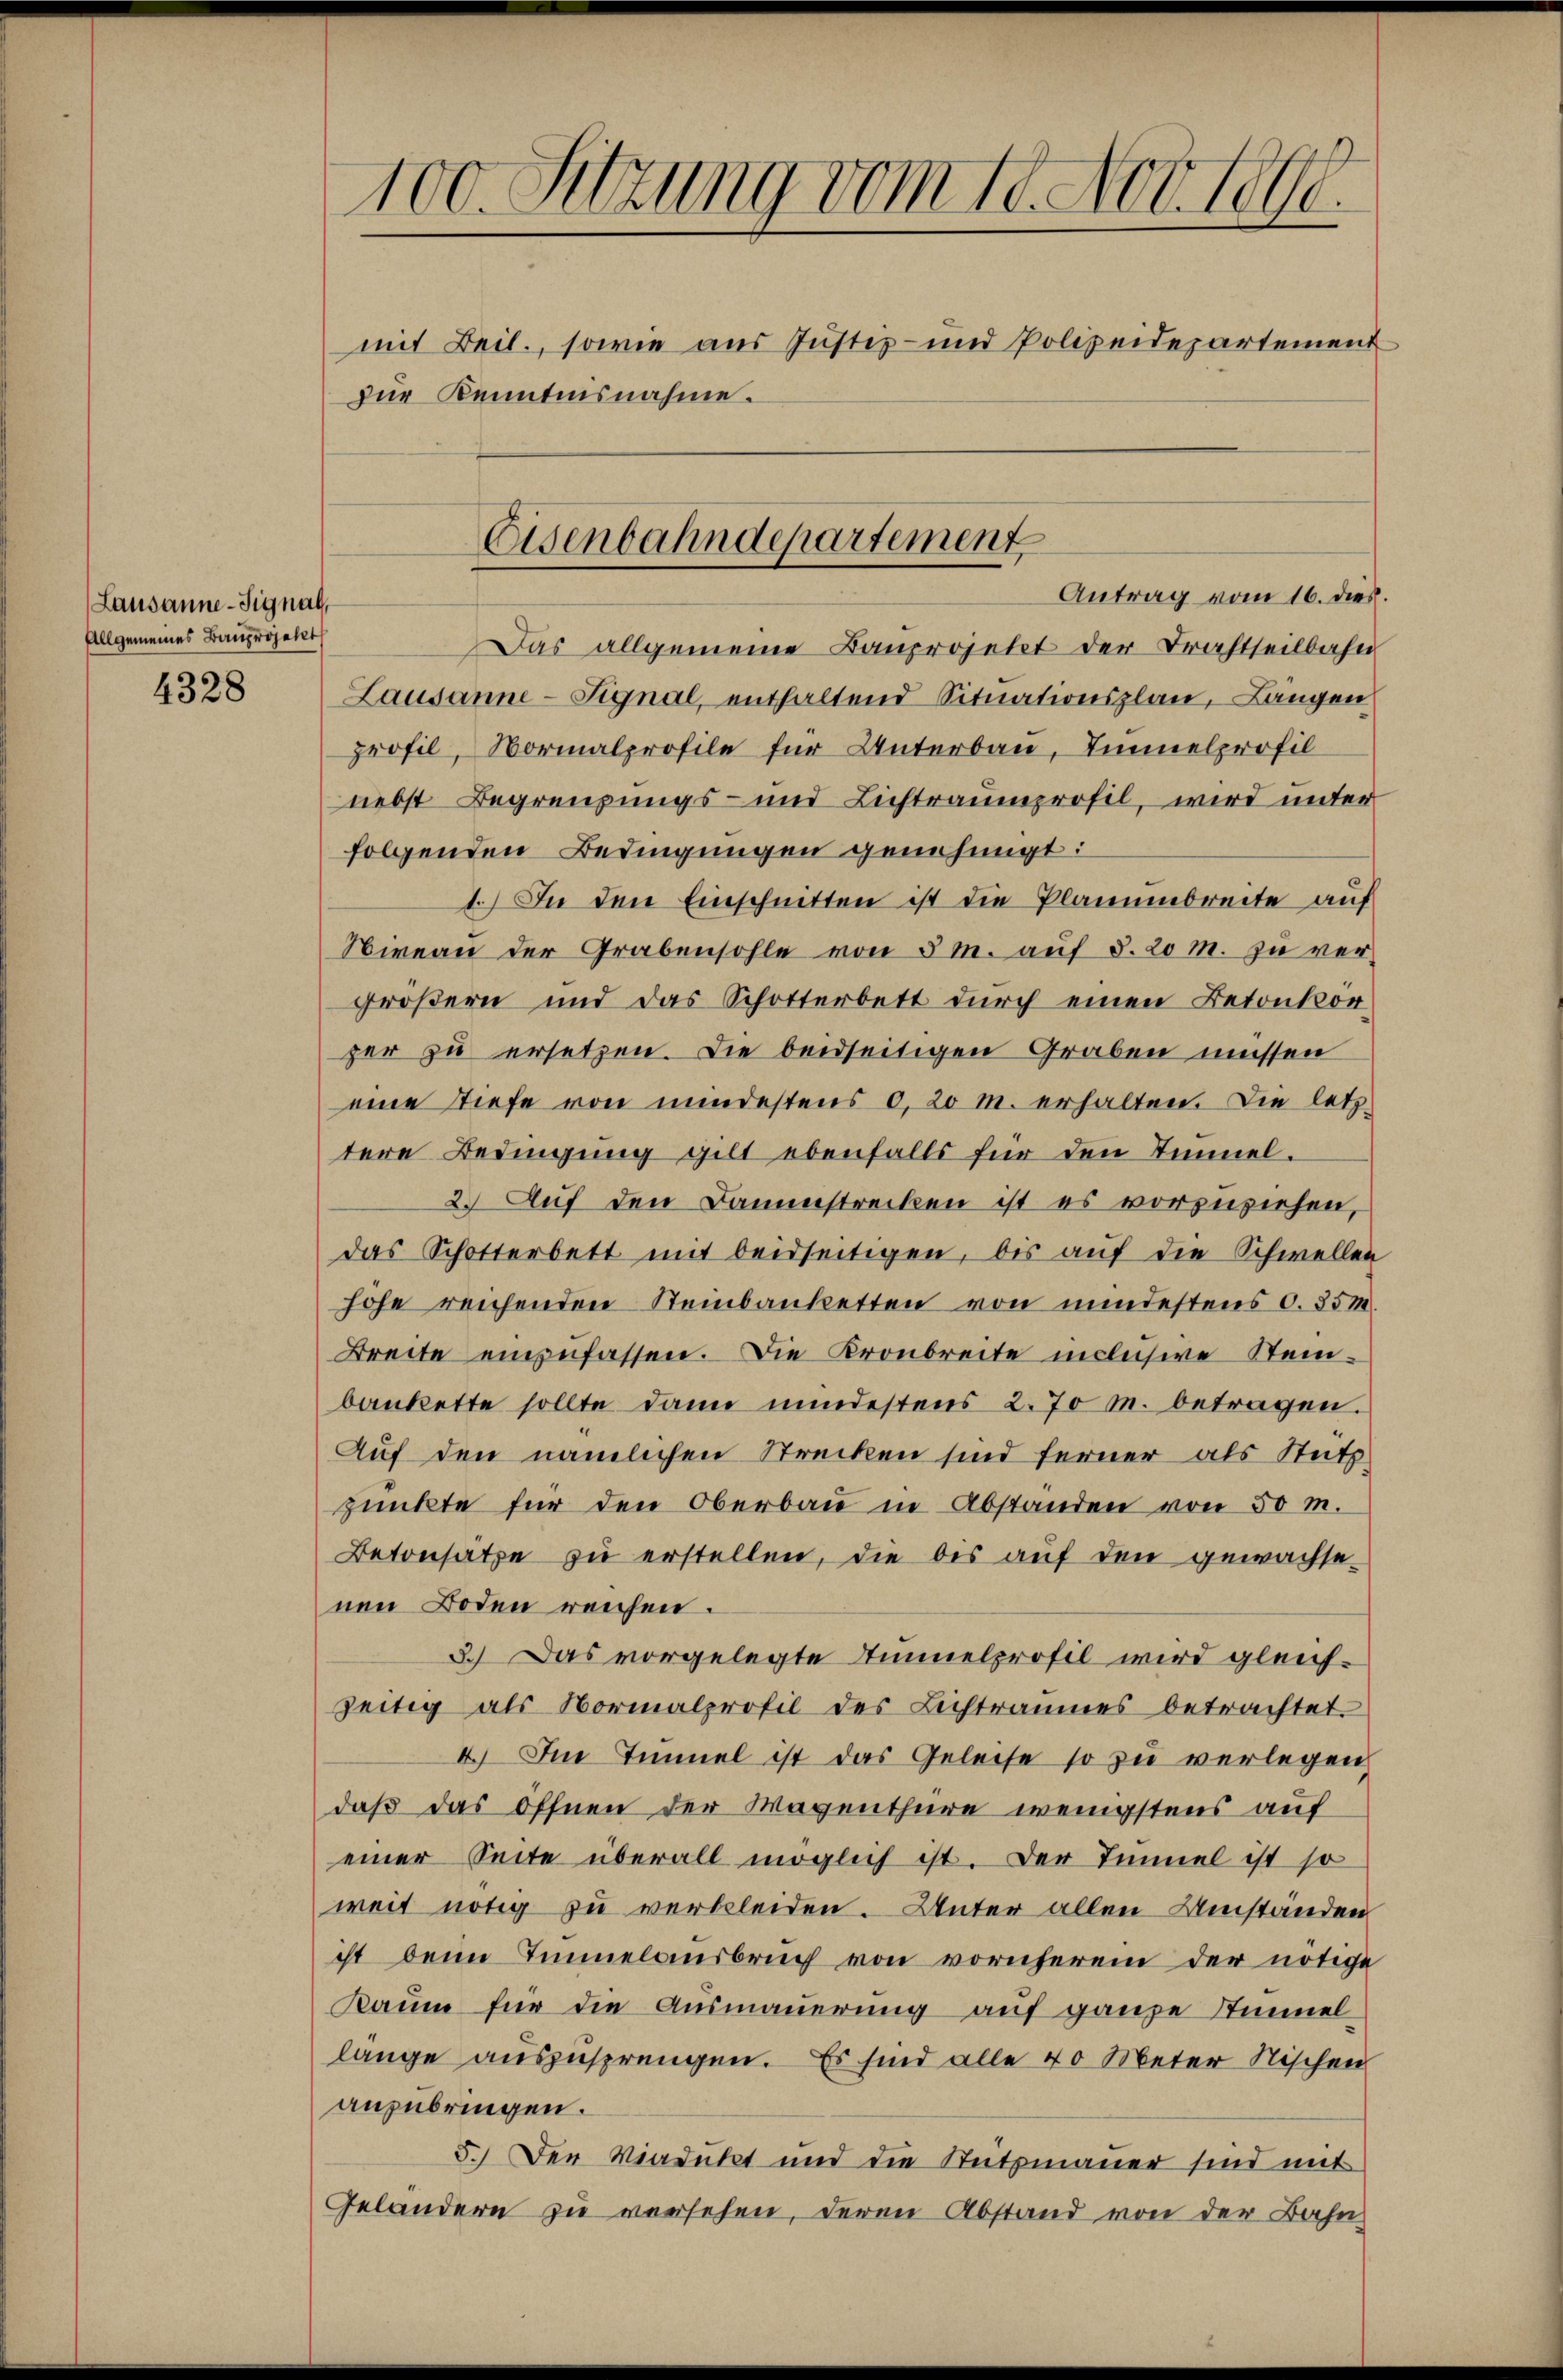
Lausanne-Signal,
Allgemeines Bauprojekt

4328

100. Sitzung vom 18. Nov. 1890.
mit Beil., sowie aus Justiz- und Polizeidepartement
zur Kenntnisnahme.

Eisenbahndepartement

Antrag vom 16. dies
Das allgemeine Bauprojekt der Drahtteilbahn
Lausanne-Signal, enthaltend Situationsplan, Längen
profil, Normalprofile für Unterbau, Immelprofil
nebst Begrenzungs- und Lichtraumprofil, wird unter
folgenden Bedingungen genehmigt:
1.) In den Einschnitten ist die Planumbreite auf
Niveau der Grabensohle von 8 m. auf §. 20 M. zu vergrößern und das Schotterbett durch einen Betonkorzer zu ersetzen. Die beidseitigen Graben müssen
eine Tiefe von mindestens 0, 20 m. erhalten. Die letztere Bedingung gilt ebenfalls für den Immel.
2. Auf den Dammstrecken ist es vorzuziehen,
das Schotterbett mit beidseitigen, bis aŭf die Schwellen
hohe reichenden Steinbanketten von mindestens 0. 85 m
Breite einzufassen. Die Kronbreite inclusive Steinbankette sollte dann mindestens 2.70 M. betragen.
Auf den nämlichen Strecken sind ferner als Stütz
punkte für den Oberbau in Abstanden von 50 M.
Betonsätze zu erstellen, die bis auf den gewachse-
nen Boden reichen.
3.) Das vorgelegte Tunnelprofil wird gleichzeitig als Normalprofil des Lichtraumes betrachtet.
4.) In Einmal ist das Geleise so zŭ verlegen,
daß das öffnen der Wagenthüre wenigstens auf
einer Seite überall möglich ist. Der Tunnel ist so
weit nötig zu verbleiden. Unter allen Umstanden
ist beim Immelausbruch von vornherein der nötige
Raum für die Ausmauerung auf ganze Stimmel-
lange auszusprengen. Es sind alle 40 Meter Nischen
anzubringen.
5.) Der Viadukt und die Stützmauer sind mit
Geländern zu versehen, deren Abstand von der Bahn